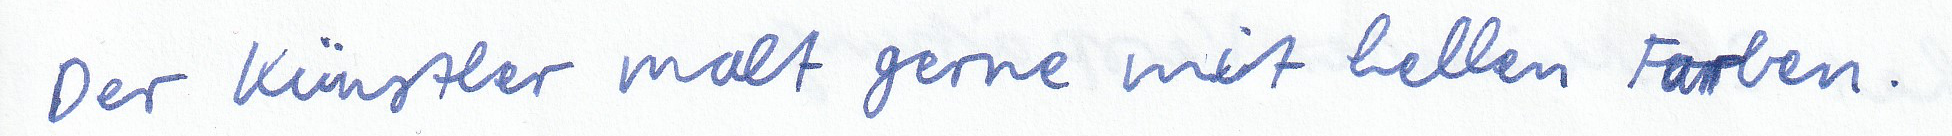
Der Künstler malt gerne mit hellen Farben.